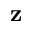
\mathbf { z }